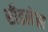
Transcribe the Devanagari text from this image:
सीडलेस